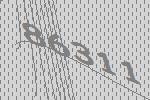
86311